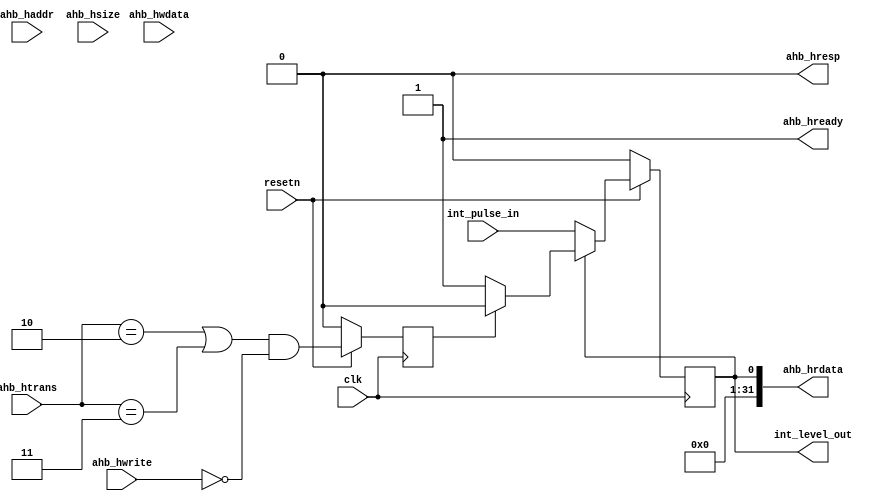
//-----------------------------------------------------------------------------
// Copyright (c) 2017 AsicVault OU
//
// Description : Simple Read-to-Clear interrupt module. Captures a pulse input 
//             : into level type interrupt output
//-----------------------------------------------------------------------------

module r2c_ahb (
	//AHB Lite interface (slave)
	input				clk				,
	input				resetn			, //synchronous active low reset
	input 		[31:0]	ahb_haddr		,
	input 		[ 1:0]	ahb_hsize		,
	input 		[ 1:0]	ahb_htrans		,
	input 		[31:0]	ahb_hwdata		,
	input				ahb_hwrite		,
	output		[31:0] 	ahb_hrdata		,
	output				ahb_hresp		,
	output				ahb_hready		,
	// Interrupt input/output
	input				int_pulse_in	, // active high pulse input
	output	reg			int_level_out =0 // active high level interrupt output
);

	assign ahb_hrdata    = {{30{1'b0}},int_level_out};
	assign ahb_hresp     = 1'b0;
	assign ahb_hready    = 1'b1;
	reg clr = 0;
	
	always @(posedge clk)
		if (~resetn) begin
			int_level_out   <= 1'b0;
			clr <= 1'b0;
		end else begin
			clr <= ((ahb_htrans == 2'b10) | (ahb_htrans == 2'b11)) & ~ahb_hwrite;
			int_level_out <= int_level_out? clr? 1'b0 : int_level_out : int_pulse_in;
		end

endmodule